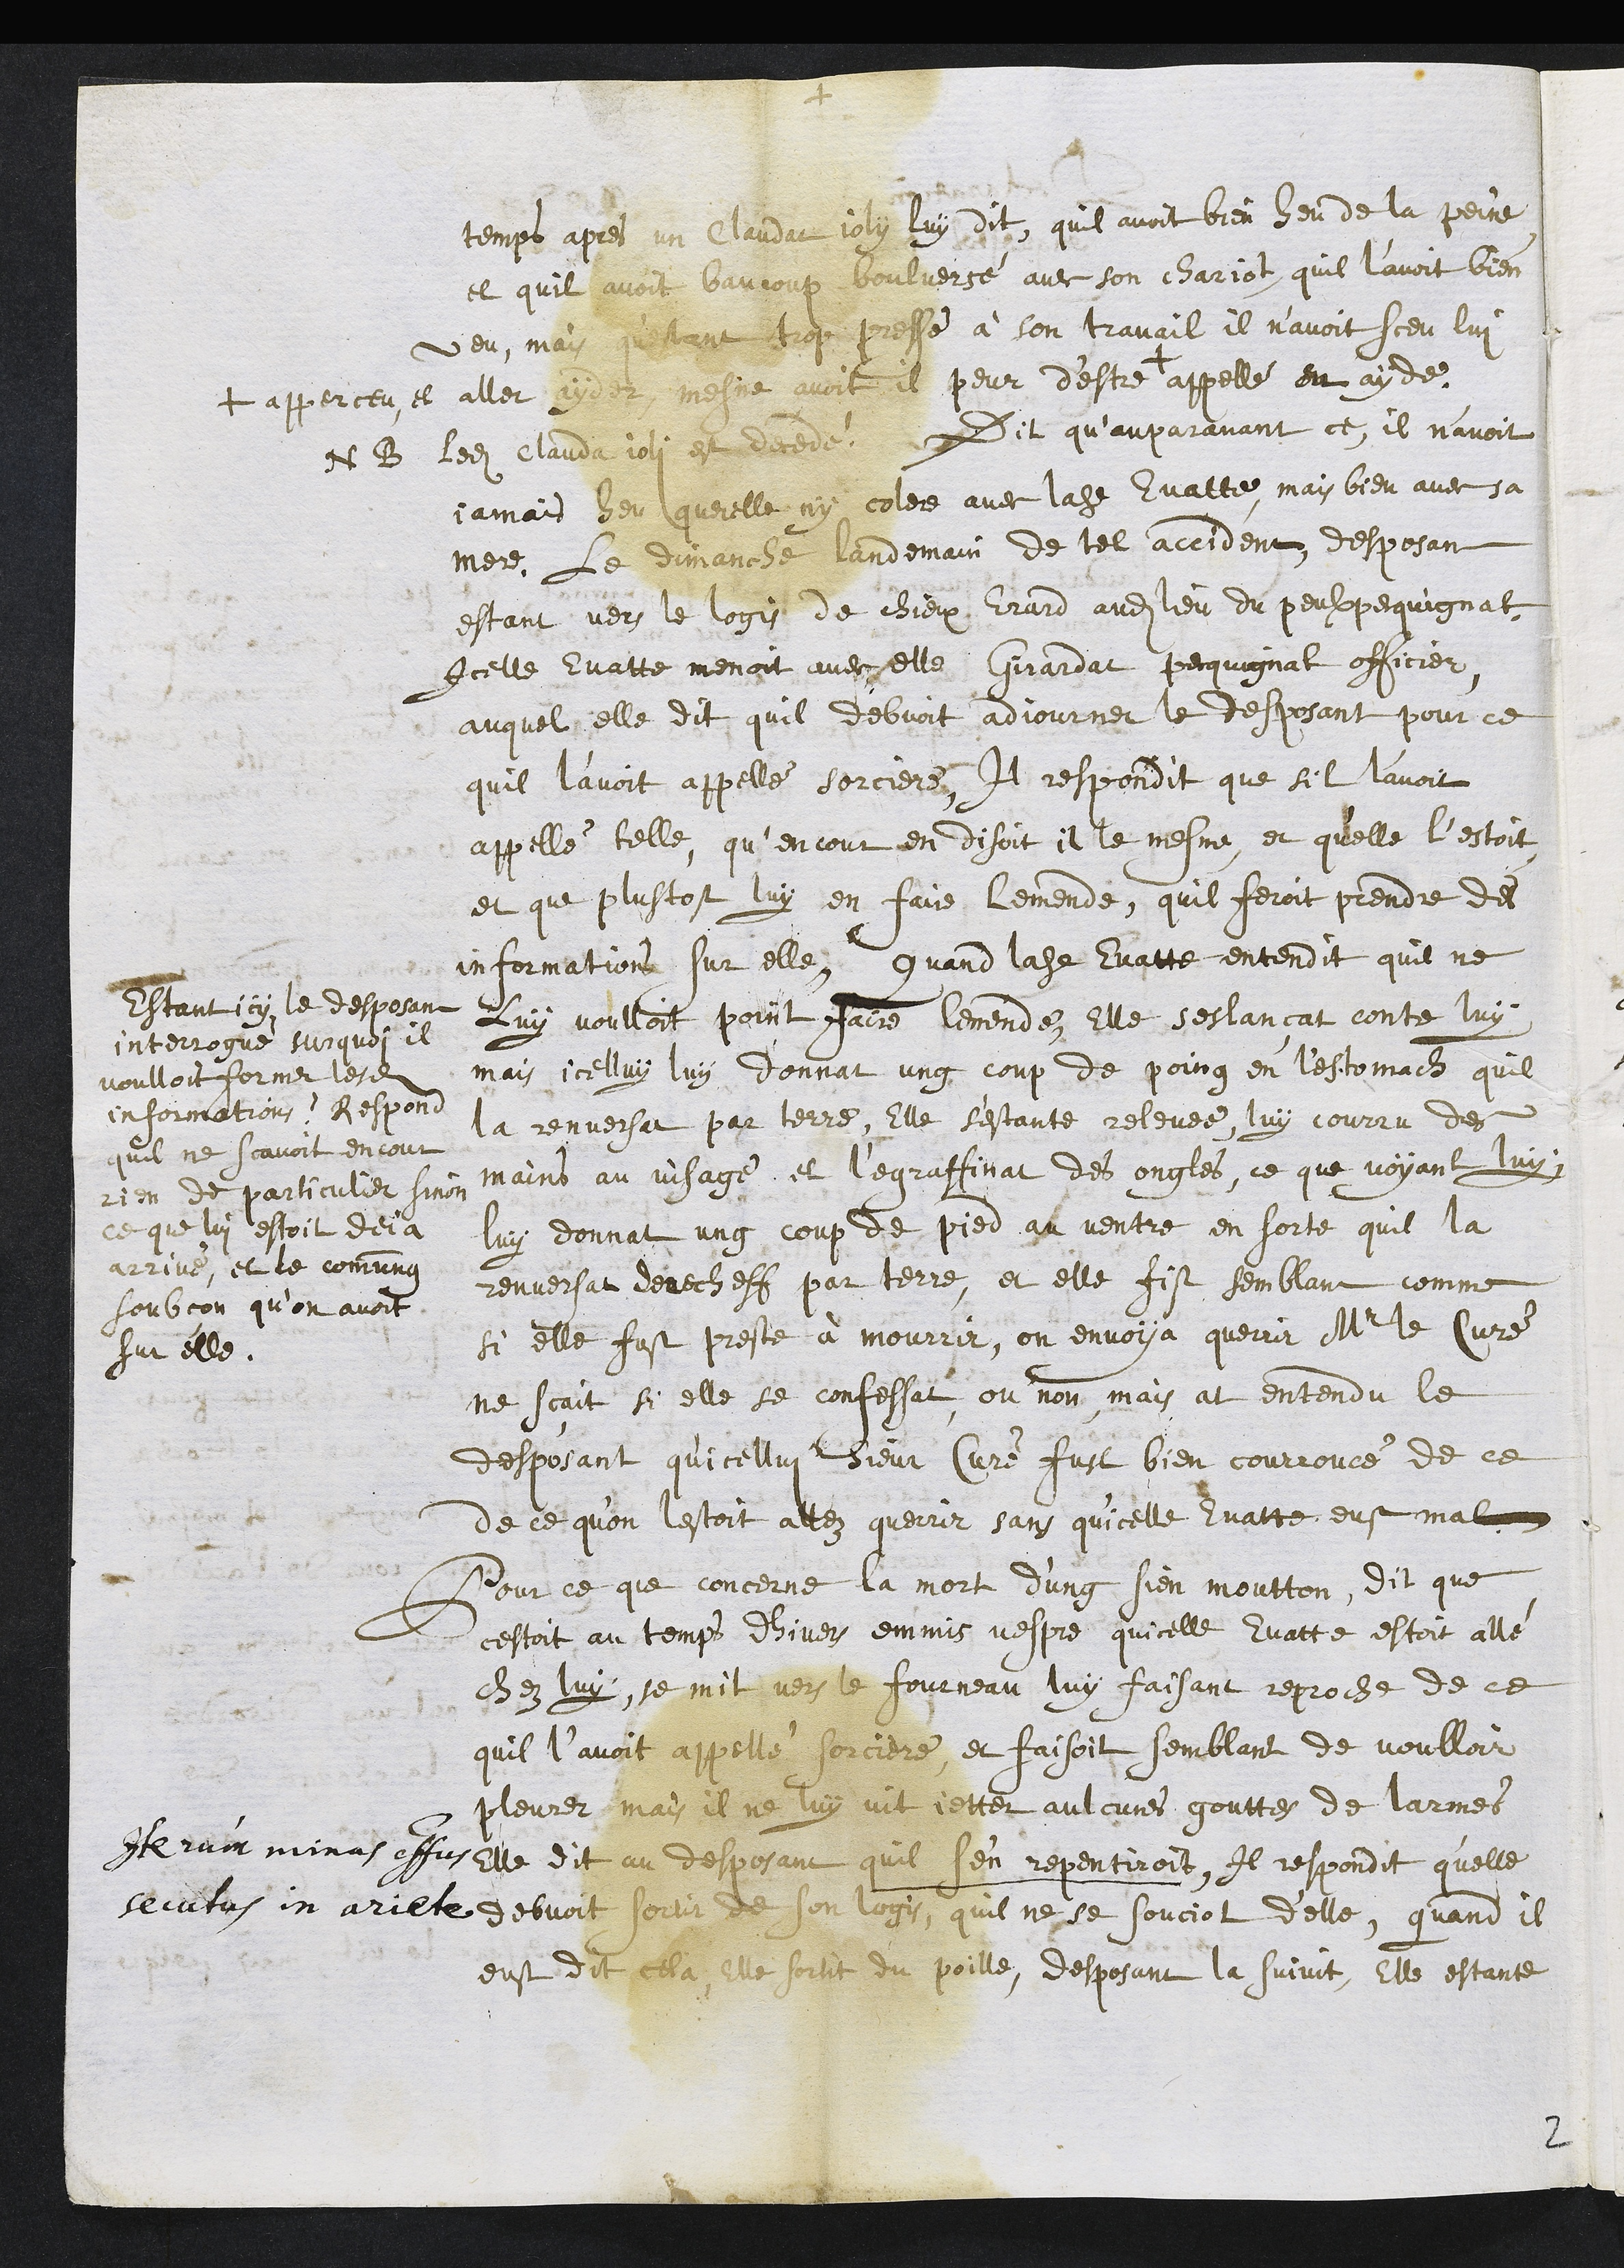
+
temps apres un Claudat joly luy dit, quil avoit bien heu de la peine
et quil avoit baucoup boulversé avec son chariot, quil l’avoit bien
veu, mais questant trop pressé à son travail il n’avoit sceu lui
aller ayder, mesme avoit il peur d'estre +
+ apperceu et
appellé en ayde,
NB ledit Clauda joli est decedé. Dit qu’auparavant ce, il n'avoit
jamais heu querelle, ny colere avec ladite Evatte, mais bien avec sa
mere. Le dimanche landemain de tel accident, desposant
estant vers le logis de chieux Erard audit lieu du peulxpequignat,
Icelle Evatte menoit avec elle Girardat pecquignat officier,
auquel elle dit quil debvoit adjourner le desposant pour ce
quil l'avoit appellé sorciere, Il respondit que sil l'avoit
appellé telle, qu’encour en disoit il le mesme et qu'elle l’estoit
et que plustost luy en faire lemende, quil feroit prendre des
informations sur elle, Quand ladite Evatte entendit quil ne
luy voulloit point faire lemende, elle seslancat contre luy
mais icelluy luy donnat ung coup de poing en l’estomach quil
la renversa par terre, Elle s’estante releveé, luy courru des
mains au visage, et l'egraffinat des ongles, ce que voyant luy
luy donnat ung coup de pied au ventre en sorte quil la
renversat derecheff par terre, et elle fist semblant comme
si elle fust preste à mourrir, on envoya querrir Mr le Curé
ne scait si elle se confessat, ou non, mais at entendu le
desposant qu'icellui sieur Curé fust bien courroucé de ce
de ce qu'on lestoit allez querrir sans qu'icelle Evatte eust mal
Estant icy le desposant
Interrogué surquoy il
voulloit former lesdits
informations ? Respond
quil ne scavoit encour
rien de particulier sinon
ce que lui estoit deja
arrivé, et le commung
soubçon qu’on avoit
sur elle.
Iterum minas effectus
secutus in ariete
Pour ce que concerne la mort d'ung sien moutton, dit que
cestoit au temps dhivers emmis vespre quicelle Evatte estoit allé
chez luy, se mit vers le fourneau luy faisant reproche de ce
quil l’avoit appellé sorciere, et faisoit semblant de voulloir
pleurer, mais il ne luy vit jetter aulcunes gouttes de larmes
Elle dit au desposant quil s'en repentiroit, Il respondit qu'elle
debvoit sortir de son logis, quil ne se souciot delle, quand il
eust dit cela, elle sortit du poille, desposant la suivit, Elle estante
2